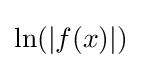
\ln(|f(x)|)